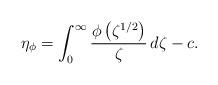
LaTeX: \begin{align*}\eta_{\phi}=\int_0^{\infty}\frac{\phi\left(\zeta^{1/2}\right)}{\zeta}\, d \zeta-c. \end{align*}